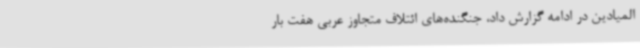
المیادین در ادامه گزارش داد، جنگنده‌های ائتلاف متجاوز عربی هفت بار